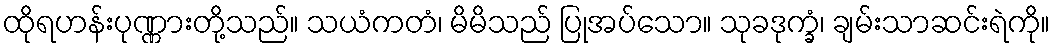
ထိုရဟန်းပုဏ္ဏားတို့သည်။ သယံကတံ၊ မိမိသည် ပြုအပ်သော။ သုခဒုက္ခံ၊ ချမ်းသာဆင်းရဲကို။